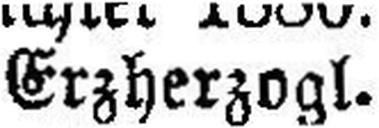
Erzherzogl.